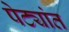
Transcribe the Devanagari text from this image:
पेट्यांत